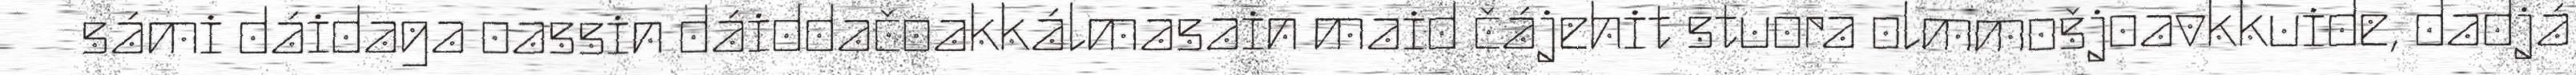
sámi dáidaga oassin dáiddačoakkálmasain maid čájehit stuora olmmošjoavkkuide, dadjá